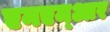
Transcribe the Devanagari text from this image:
एनएम्आर